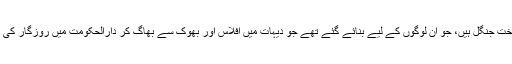
یہ کنکریٹ کے دم پخت جنگل ہیں، جو ان لوگوں کے لیے بنائے گئے تھے جو دیہات میں افلاس اور بھوک سے بھاگ کر دارالحکومت میں روزگار کی تلاش میں آئے تھے۔